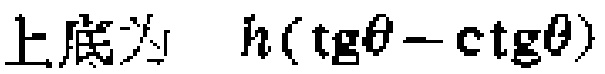
上底为 \(h(\operatorname{tg}\theta - \operatorname{ctg}\theta)\)